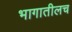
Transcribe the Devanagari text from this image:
भागातीलच